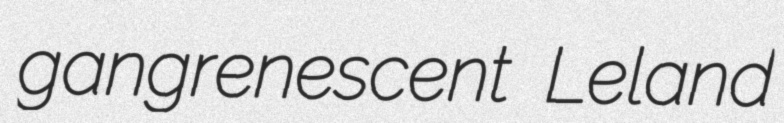
gangrenescent Leland